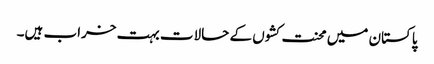
پاکستان میں محنت کشوں کے حالات بہت خراب ہیں۔